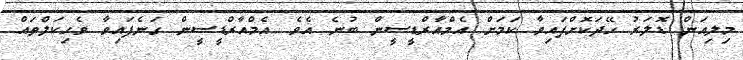
މިލިއަން ޑޮލަރު ހޭދަކޮށްފައިވާ ކަމަށް އެމްއާރްޑީސީން ބުނެ އެވެ. އެމްއާރްޑީސީން ގަނެފައިވާ ވެހިކަލްތައް